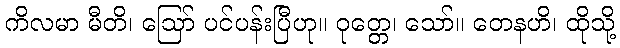
ကိလမာ မီတိ၊ ဩော် ပင်ပန်းပြီဟု။ ဝုတ္တေ၊ သော်။ တေနဟိ၊ ထိုသို့